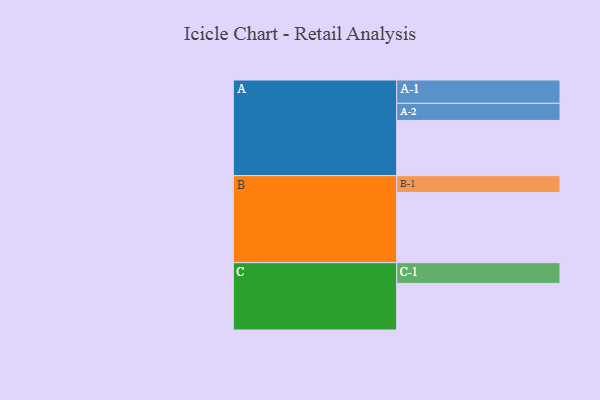
{"axis": {"x": "Segment", "y": "Value"}, "legend": ["", "A", "B", "C"], "data": [{"x": "A", "y": 400, "type": ""}, {"x": "B", "y": 509, "type": ""}, {"x": "C", "y": 338, "type": ""}, {"x": "A-1", "y": 169, "type": "A"}, {"x": "A-2", "y": 124, "type": "A"}, {"x": "B-1", "y": 122, "type": "B"}, {"x": "C-1", "y": 150, "type": "C"}]}